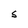
Character: S